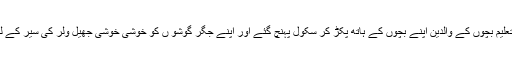
30مئی 2006کی صبح جب افق پر روشنی پھوٹ پڑی تو برنگ کینڈل پبلک سکول میں زیر تعلیم بچوں کے والدین اپنے بچوں کے ہاتھ پکڑ کر سکول پہنچ گئے اور اپنے جگر گوشو ں کو خوشی خوشی جھیل ولر کی سیر کے لئے الوداع کیا لیکن انہیں کیا معلوم تھا کہ انہوں نے اپنے بچو ں کو ہمیشہ کے لئے الوداع کیا ۔